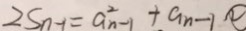
2 S n - 1 = a _ { n - 1 } ^ { 2 } + a _ { n - 1 }